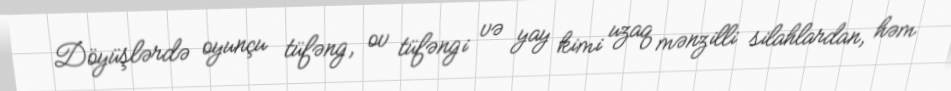
Döyüşlərdə oyunçu tüfəng, ov tüfəngi və yay kimi uzaq mənzilli silahlardan, həm